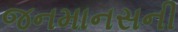
જનમાનસની